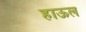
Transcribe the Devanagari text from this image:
हाऊल